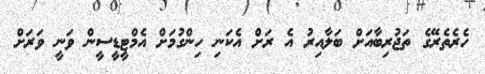
ހެރެތެރޭގެ ތަޖުރިބާއަށް ބަލާއިރު އެ ރަށް އެކަނި ހިންގުމަށް އެމްޓީޑީސީން ވަނީ ވަރަށް